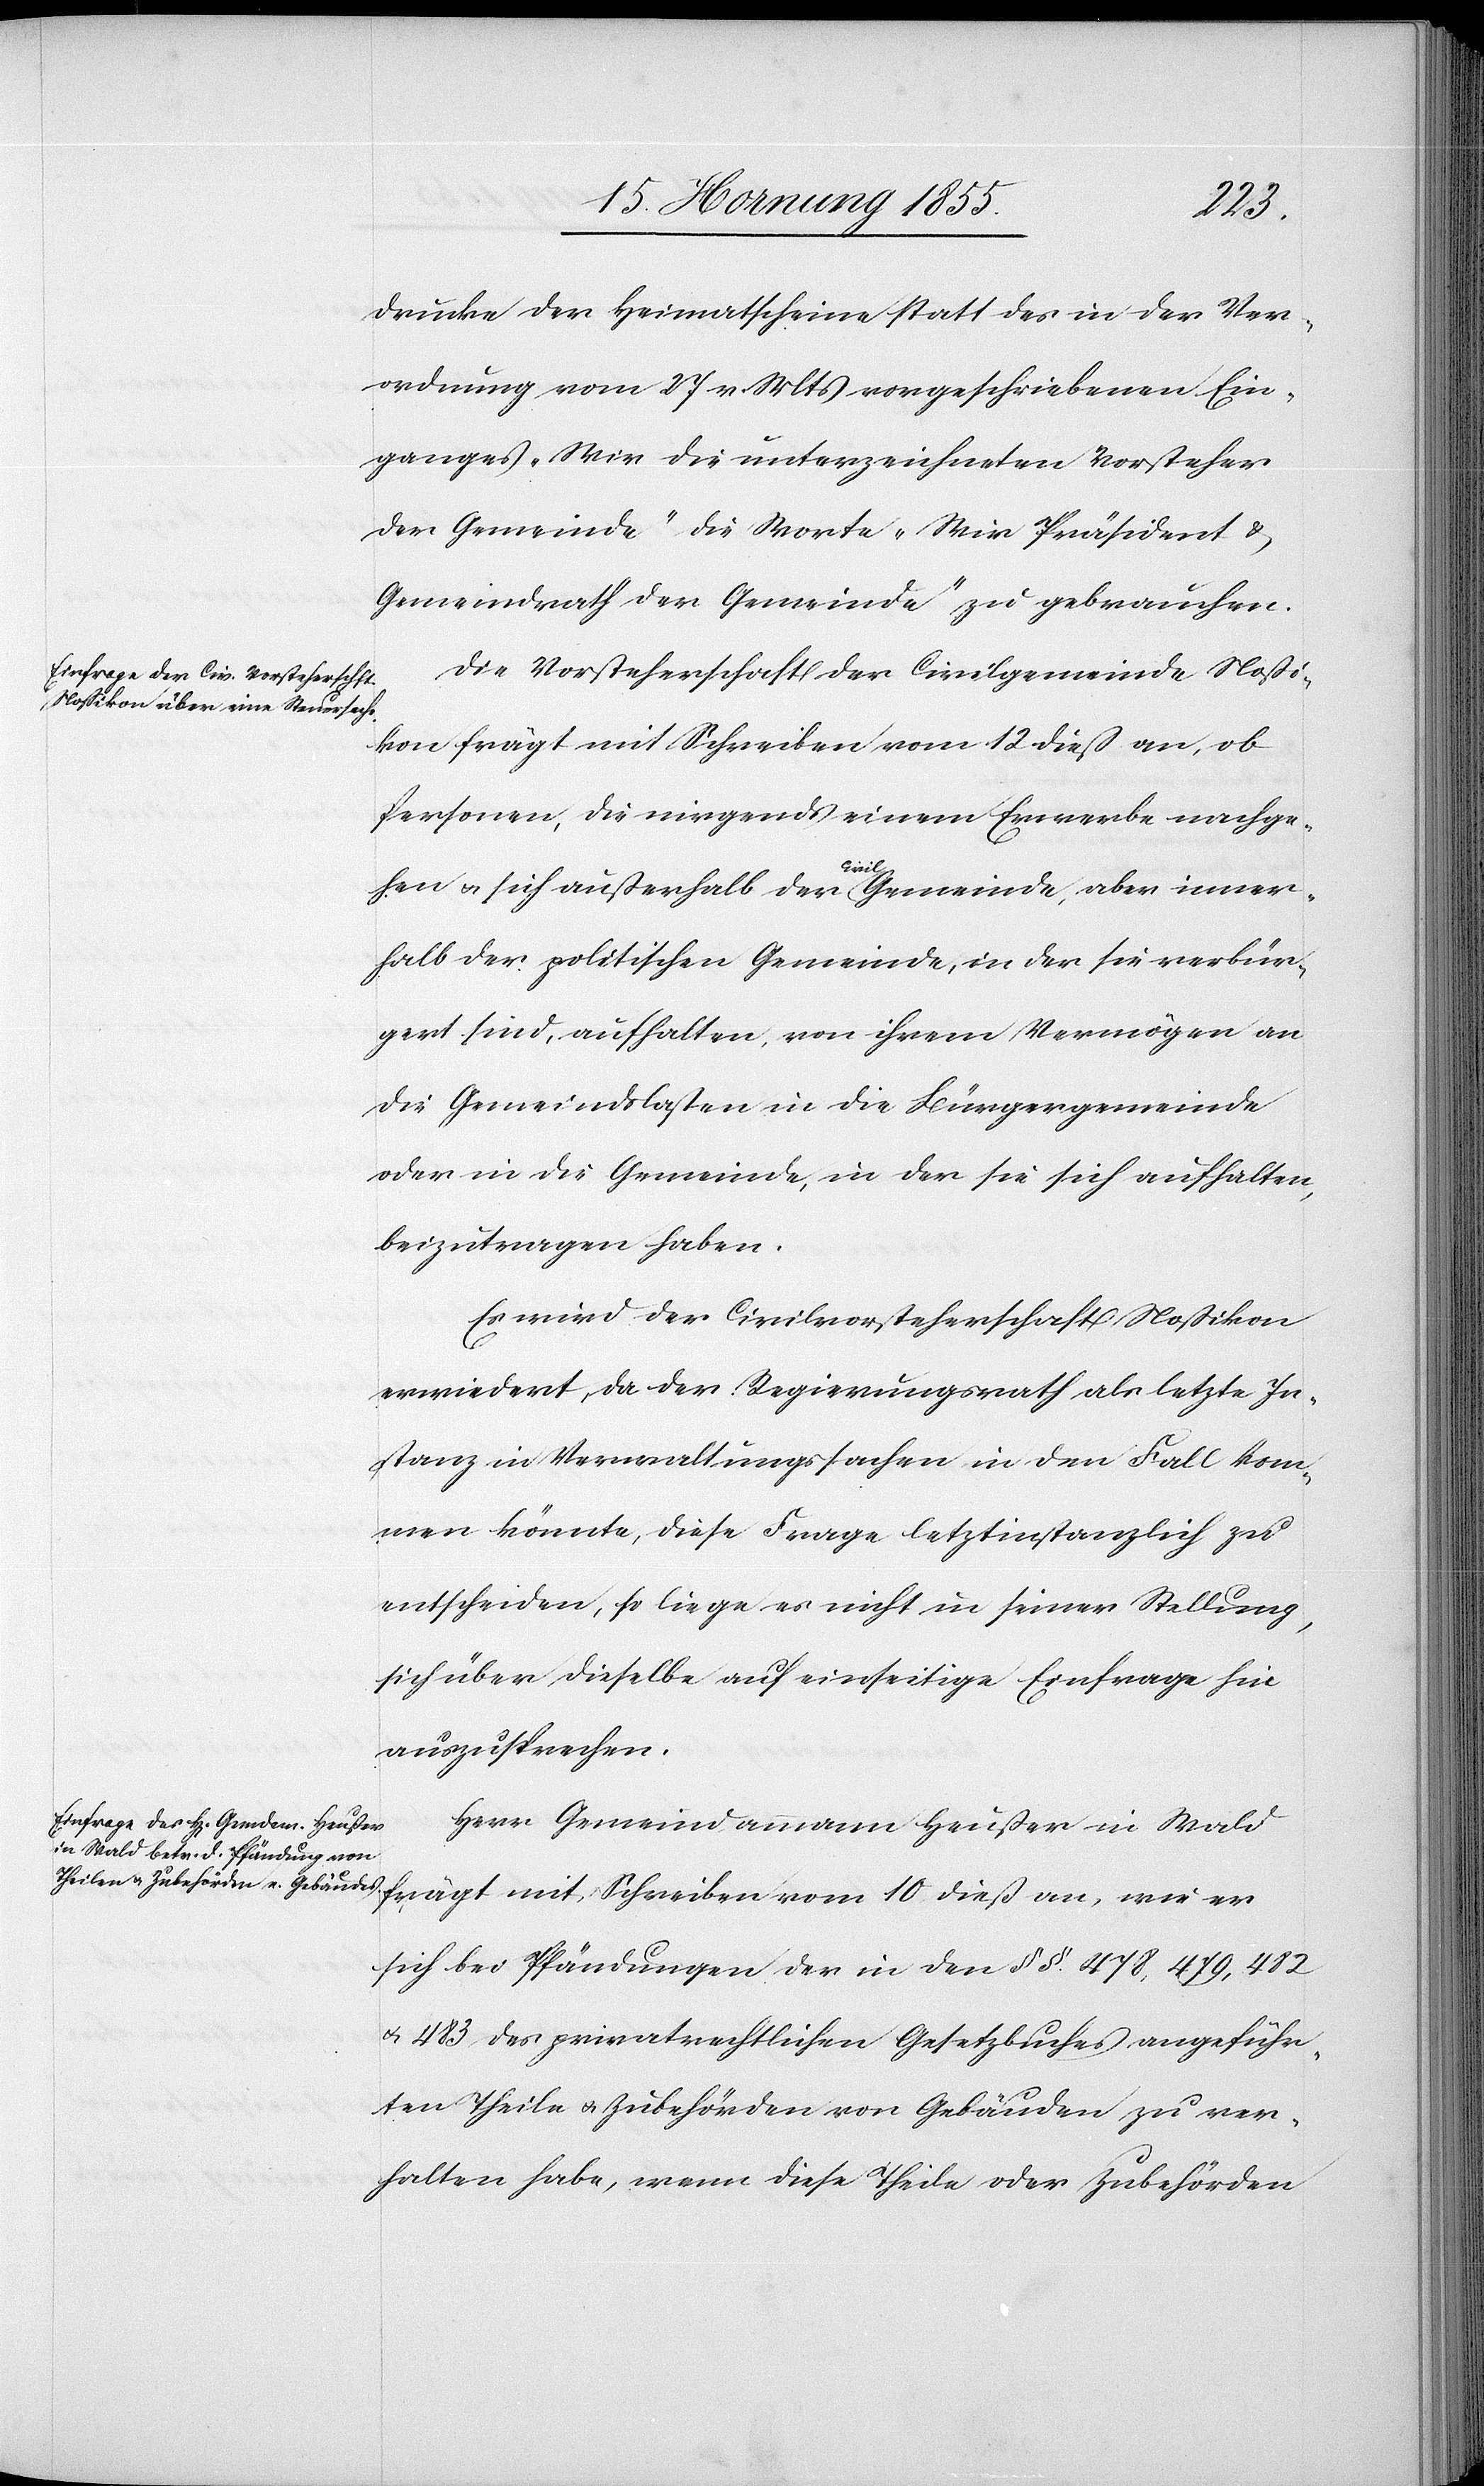
Drucke der Heimatscheine statt des in der Ver¬
ordnung vom 27 v. Mts vorgeschriebenen Ein¬
ganges „Wir die unterzeichneten Vorsteher
der Gemeinde“ die Worte „Wir Präsident &
Gemeindrath der Gemeinde“ zu gebrauchen.
Die Vorsteherschaft der Civilgemeinde Nossi¬
d frägt mit Schreiben vom 10 dieß an, wie
Personen, die nirgends einem Erwerbe nachge¬
hen & sich außerhalb der Civil Gemeinde, aber inner¬
halb der politischen Gemeinde, in der sie verbür¬
gert sind, aufhalten, von ihrem Vermögen an
die Gemeindslasten in die Bürgergemeinde
oder in die Gemeinde, in der sie sich aufhalten,
beizutragen haben.
Es wird der Civilvorsteherschaft Nossikon
erwiedert, da der Regierungsrath als letzte In¬
stanz in Verwaltungssachen in den Fall kom¬
men könnte, diese Frage letztinstanzlich zu
entscheiden, so liege es nicht in seiner Stellung,
sich über dieselbe auf einseitige Einfrage hin
auszusprechen.
Herr Gemeindammann Heußer in Wal¬
sich bei Pfändungen der in den §§. 478, 479, 482
& 483 des privatrechtlichen Gesetzbuches angeführ¬
ten Theile & Zubehörden von Gebäuden zu ver¬
halten habe, wenn diese Theile oder Zubehörden